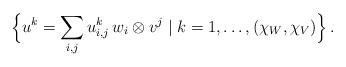
LaTeX: \begin{align*}\Big\{u^{k}=\sum_{i,j}u^{k}_{i,j} \,w_i \otimes v^j\;|\; k=1,\ldots,(\chi_W,\chi_V)\Big\}\,.\end{align*}